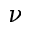
\nu